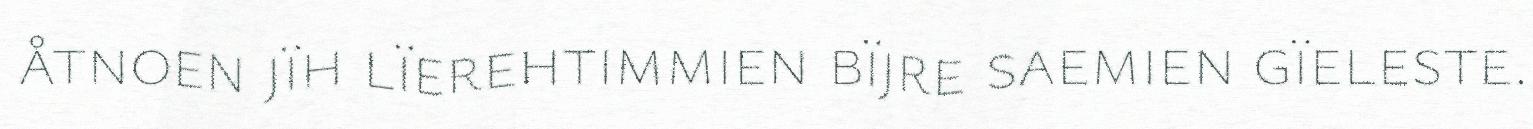
åtnoen jïh lïerehtimmien bïjre saemien gïeleste.